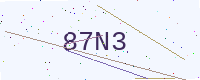
Text: 87N3